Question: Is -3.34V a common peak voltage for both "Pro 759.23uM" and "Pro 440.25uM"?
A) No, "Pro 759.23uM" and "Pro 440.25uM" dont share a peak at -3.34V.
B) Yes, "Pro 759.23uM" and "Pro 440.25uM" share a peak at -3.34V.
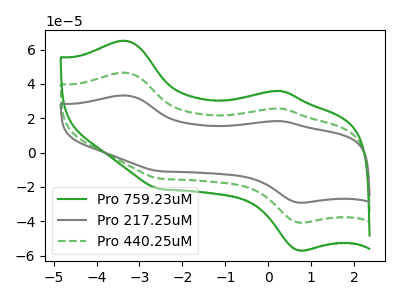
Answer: <think>The green curve "Pro 759.23uM" has anodic peaks at (-3.35V, 93.20uA) (0.25V, 51.45uA) and cathodic peaks at (0.75V, -81.50uA) (-2.55V, -30.15uA). The gray curve "Pro 217.25uM" has anodic peaks at (-3.35V, 33.35uA) (0.25V, 18.40uA) and cathodic peaks at (0.75V, -29.15uA) (-2.55V, -10.80uA). The green dashed curve "Pro 440.25uM" has anodic peaks at (-3.35V, 46.60uA) (0.25V, 25.75uA) and cathodic peaks at (0.75V, -40.75uA) (-2.55V, -15.10uA).</think>
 <answer>B) Yes, "Pro 759.23uM" and "Pro 440.25uM" share a peak at -3.34V.</answer>
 <eval>B</eval>